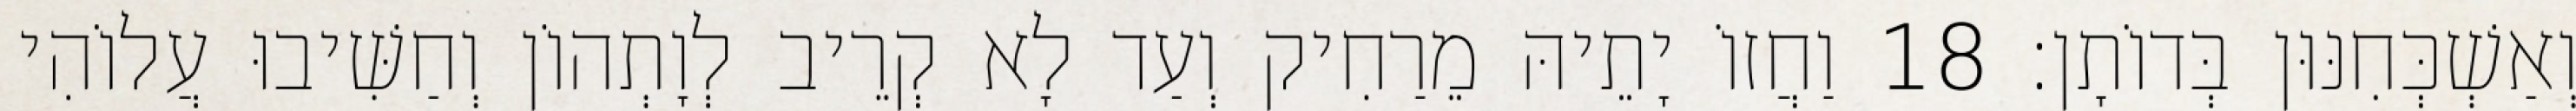
וְאַשְׁכְּחִנּוּן בְּדוֹתָן׃ 18 וַחֲזוֹ יָתֵיהּ מֵרַחִיק וְעַד לָא קְרֵיב לְוָתְהוֹן וְחַשִּׁיבוּ עֲלוֹהִי